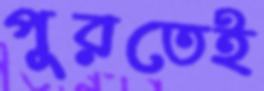
পুরতেই